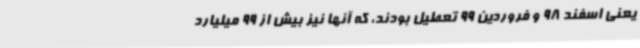
یعنی اسفند 98 و فروردین 99 تعطیل بودند، که آنها نیز بیش از 99 میلیارد